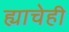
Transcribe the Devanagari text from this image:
ह्याचेही